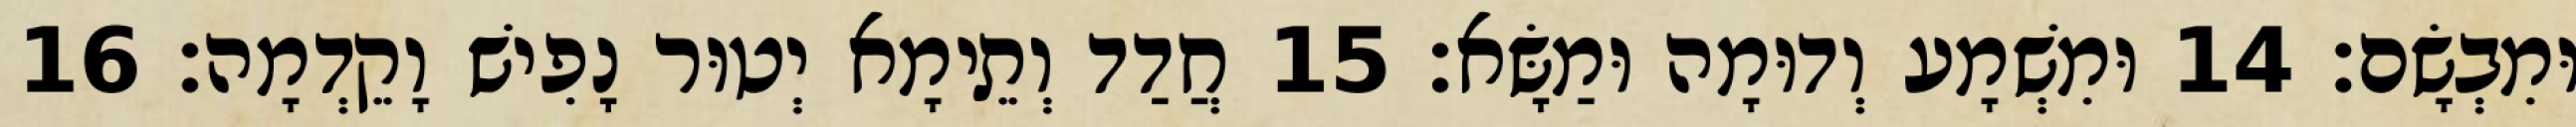
וּמִבְשָׂם׃ 14 וּמִשְׁמָע וְדוּמָה וּמַשָּׂא׃ 15 חֲדַד וְתֵימָא יְטוּר נָפִישׁ וָקֵדְמָה׃ 16